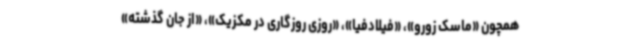
همچون «ماسک زورو»، «فیلادفیا»، «روزی روزگاری در مکزیک»، «از جان گذشته»